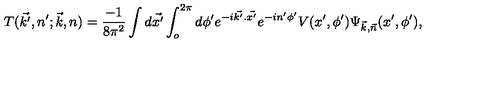
T ( \vec { k ^ { \prime } } , n ^ { \prime } ; \vec { k } , n ) = \frac { - 1 } { 8 \pi ^ { 2 } } \int d \vec { x ^ { \prime } } \int _ { o } ^ { 2 \pi } d \phi ^ { \prime } e ^ { - i \vec { k ^ { \prime } } . \vec { x ^ { \prime } } } e ^ { - i n ^ { \prime } \phi ^ { \prime } } V ( x ^ { \prime } , \phi ^ { \prime } ) \Psi _ { \vec { k } , \vec { n } } ( x ^ { \prime } , \phi ^ { \prime } ) ,